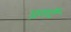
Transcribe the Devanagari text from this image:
प्रगटै